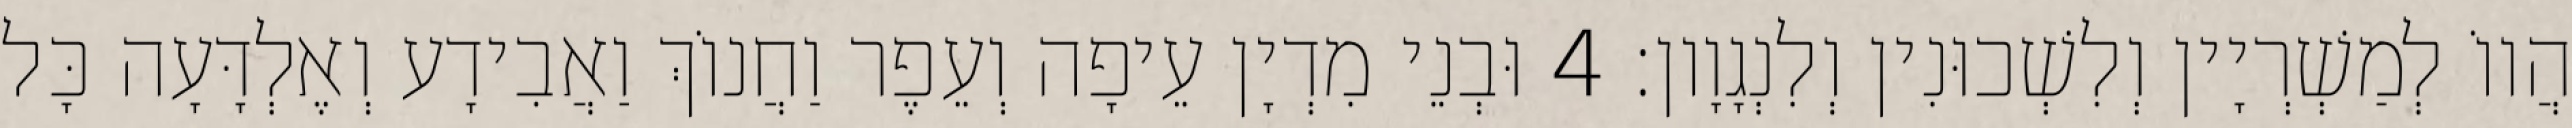
הֲווֹ לְמַשְׁרְיָין וְלִשְׁכוּנִין וְלִנְגָוָון׃ 4 וּבְנֵי מִדְיָן עֵיפָה וְעֵפֶר וַחֲנוֹךְ וַאֲבִידָע וְאֶלְדָּעָה כָּל